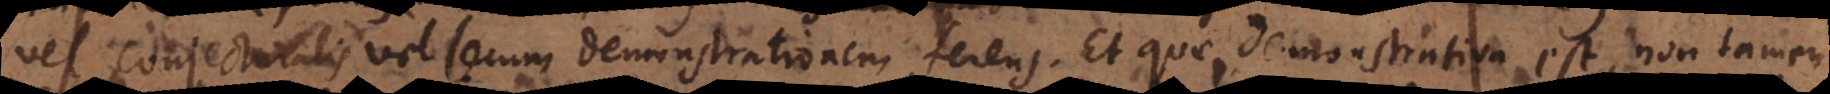
vel conjecturalis vel secum demonstrationem ferens. Et quae demonstrativa est, non tamen